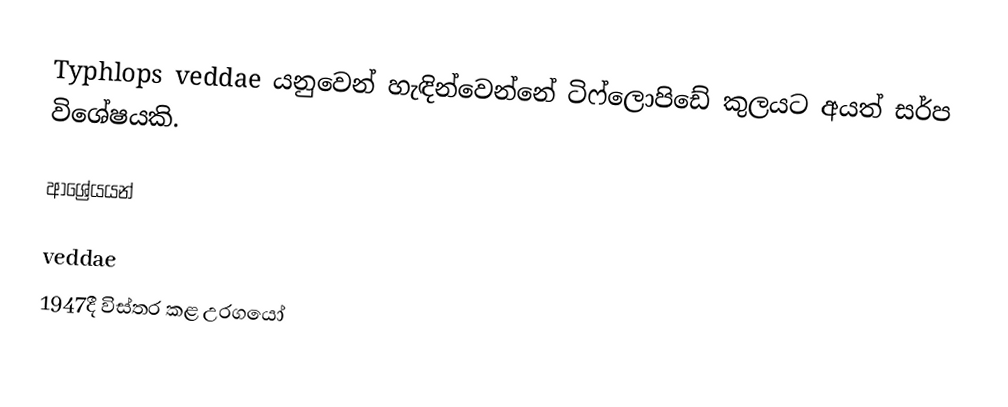
Typhlops veddae ‍යනුවෙන් හැඳින්වෙන්නේ ටිෆ්ලොපිඩේ කුලයට අයත් සර්ප විශේෂයකි.

ආශ්‍රේයයන්

veddae
1947දී විස්තර කළ උරගයෝ